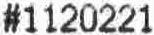
#1120221